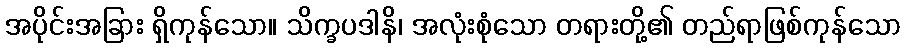
အပိုင်းအခြား ရှိကုန်သော။ သိက္ခပဒါနိ၊ အလုံးစုံသော တရားတို့၏ တည်ရာဖြစ်ကုန်သော